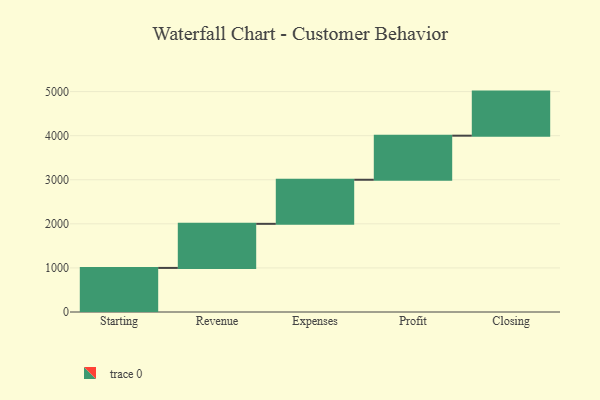
{"axis": {"x": "Step", "y": "Value"}, "legend": [""], "data": [{"x": "Starting", "y": 1000, "type": ""}, {"x": "Revenue", "y": 1000, "type": ""}, {"x": "Expenses", "y": 1000, "type": ""}, {"x": "Profit", "y": 1000, "type": ""}, {"x": "Closing", "y": 1000, "type": ""}]}